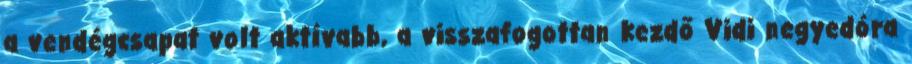
a vendégcsapat volt aktívabb, a visszafogottan kezdő Vidi negyedóra